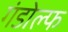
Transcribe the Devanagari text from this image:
गंडोल्फ